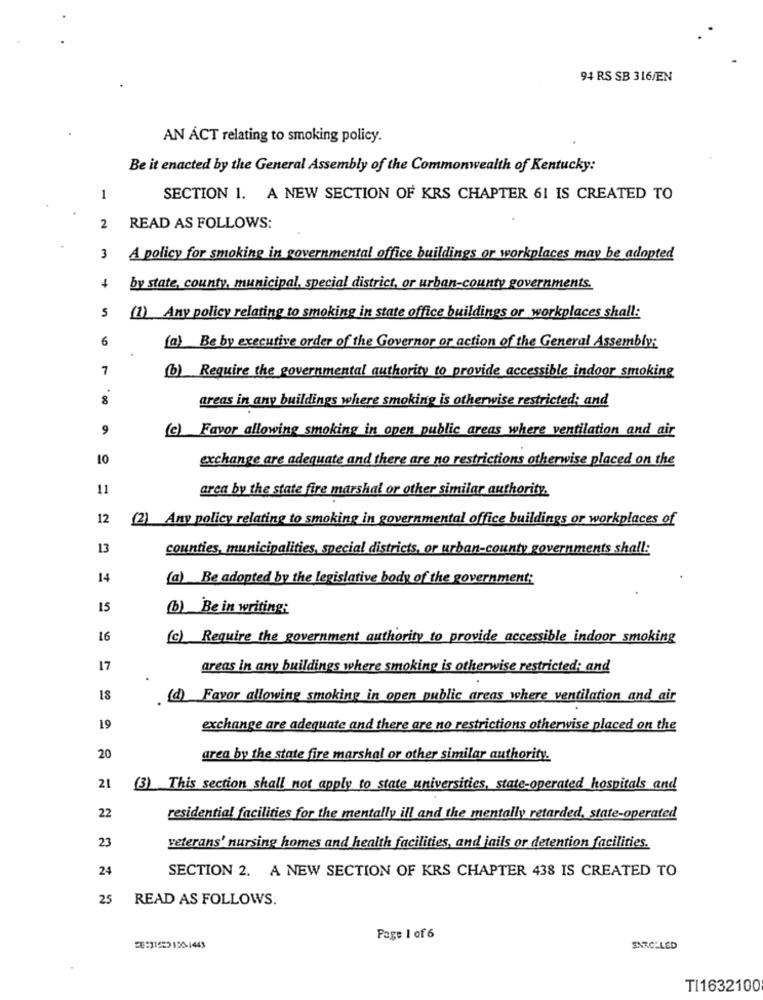
94 RS SB 316/EN
AN ACT relating to smoking policy.
Be it enacted by the General Assembly of the Commonwealth of Kentucky:
1
SECTION 1. A NEW SECTION OF KRS CHAPTER 61 IS CREATED TO
2
READ AS FOLLOWS:
3
A policy for smoking in governmental office buildings or workplaces may be adopted
4
by state, county, municipal, special district, or urban-county governments.
5
(1) Any policy relating to smoking in state office buildings or workplaces shall:
6
(a) Be by executive order of the Governor or action of the General Assembly:
7
(b) Require the governmental authority to provide accessible indoor smoking
8
areas in any buildings where smoking is otherwise restricted; and
9
(c) Favor allowing smoking in open public areas where ventilation and air
10
exchange are adequate and there are no restrictions otherwise placed on the
11
area by the state fire marshal or other similar authority.
12
(2) Any policy relating to smoking in governmental office buildings or workplaces of
13
counties, municipalities, special districts, or urban-county governments shall:
14
(a) Be adopted by the legislative body of the government;
15
b) Be in writing:
16
(c) Require the government authority to provide accessible indoor smoking
17
areas in any buildings where smoking is otherwise restricted; and
18
(@)Favor allowing smoking in open public areas where ventilation and air
19
exchange are adequate and there are no restrictions otherwise placed on the
20
area by the state fire marshal or other similar authority.
21
(3) This section shall not apply to state universities, state-operated hospitals and
22
residential facilities for the mentally ill and the mentally retarded, state-operated
23
veterans' nursing homes and health facilities, and jails or detention facilities.
24
SECTION 2. A NEW SECTION OF KRS CHAPTER 438 IS CREATED TO
25
READ AS FOLLOWS:
Page 1 of 6
SNROLLED
TI1632100